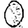
Digit: 0